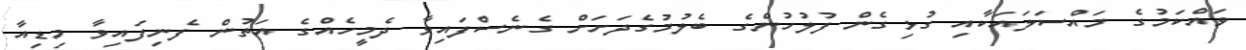
ވައްކަމުގެ މައްސަލައަކާއި ގުޅިގެން ފުލުހުންގެ ބެލުމުގެދަށަށް ގެނެސްފައިވާ ދެމީހެއްގެ އަތުން ފެނިފައިވާ މިޑިއާ